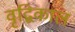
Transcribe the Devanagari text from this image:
वृद्विकाल